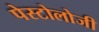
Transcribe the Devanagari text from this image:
पेस्टोलोजी